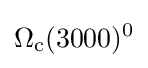
\Omega _{\rm {c}}(3000)^{0}